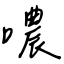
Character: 噥